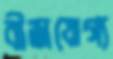
বীজযোগ্য